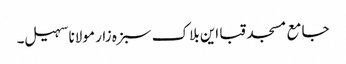
جامع مسجد قبا این بلاک سبزہ زار مولانا سہیل۔